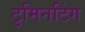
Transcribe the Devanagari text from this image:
टुमिनटिंग